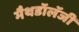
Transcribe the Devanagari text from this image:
मैथडॉलॅजी